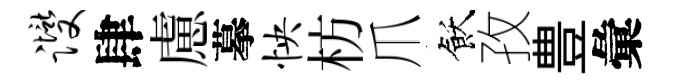
躞肆慮摹怏枋爪飫孜豊彙